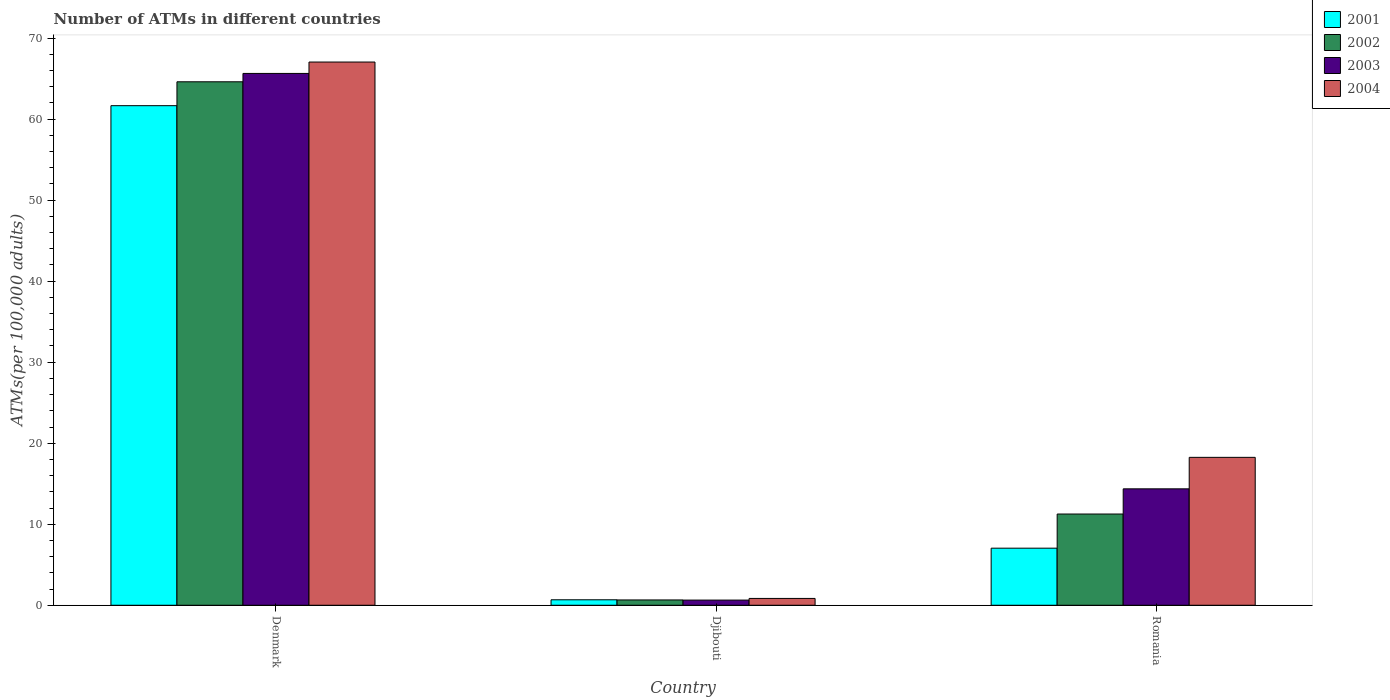
| Country | 2001 | 2002 | 2003 | 2004 |
 | --- | --- | --- | --- | --- |
 | Denmark | 61.7 | 64.6 | 65.6 | 67 |
 | Djibouti | 0.676 | 0.656 | 0.638 | 0.844 |
 | Romania | 7.04 | 11.3 | 14.4 | 18.3 |